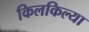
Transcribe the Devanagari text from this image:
किलकिल्या